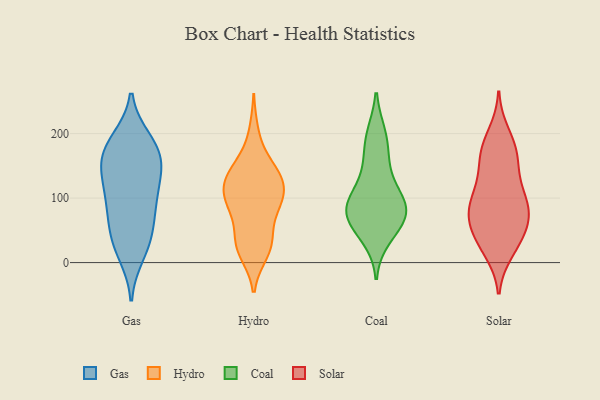
{"axis": {"x": "Page Views", "y": "Value"}, "legend": ["Coal", "Gas", "Hydro", "Solar"], "data": [{"x": "", "y": 36, "type": "Gas"}, {"x": "", "y": 157, "type": "Gas"}, {"x": "", "y": 31, "type": "Gas"}, {"x": "", "y": 183, "type": "Gas"}, {"x": "", "y": 129, "type": "Gas"}, {"x": "", "y": 135, "type": "Gas"}, {"x": "", "y": 92, "type": "Gas"}, {"x": "", "y": 177, "type": "Gas"}, {"x": "", "y": 14, "type": "Gas"}, {"x": "", "y": 168, "type": "Gas"}, {"x": "", "y": 90, "type": "Gas"}, {"x": "", "y": 87, "type": "Gas"}, {"x": "", "y": 55, "type": "Gas"}, {"x": "", "y": 140, "type": "Gas"}, {"x": "", "y": 189, "type": "Gas"}, {"x": "", "y": 94, "type": "Hydro"}, {"x": "", "y": 151, "type": "Hydro"}, {"x": "", "y": 141, "type": "Hydro"}, {"x": "", "y": 101, "type": "Hydro"}, {"x": "", "y": 82, "type": "Hydro"}, {"x": "", "y": 28, "type": "Hydro"}, {"x": "", "y": 118, "type": "Hydro"}, {"x": "", "y": 200, "type": "Hydro"}, {"x": "", "y": 138, "type": "Hydro"}, {"x": "", "y": 35, "type": "Hydro"}, {"x": "", "y": 112, "type": "Hydro"}, {"x": "", "y": 28, "type": "Hydro"}, {"x": "", "y": 90, "type": "Hydro"}, {"x": "", "y": 27, "type": "Hydro"}, {"x": "", "y": 135, "type": "Hydro"}, {"x": "", "y": 16, "type": "Hydro"}, {"x": "", "y": 128, "type": "Hydro"}, {"x": "", "y": 88, "type": "Hydro"}, {"x": "", "y": 69, "type": "Coal"}, {"x": "", "y": 193, "type": "Coal"}, {"x": "", "y": 80, "type": "Coal"}, {"x": "", "y": 98, "type": "Coal"}, {"x": "", "y": 95, "type": "Coal"}, {"x": "", "y": 39, "type": "Coal"}, {"x": "", "y": 71, "type": "Coal"}, {"x": "", "y": 79, "type": "Coal"}, {"x": "", "y": 138, "type": "Coal"}, {"x": "", "y": 198, "type": "Coal"}, {"x": "", "y": 54, "type": "Coal"}, {"x": "", "y": 157, "type": "Coal"}, {"x": "", "y": 97, "type": "Coal"}, {"x": "", "y": 17, "type": "Solar"}, {"x": "", "y": 68, "type": "Solar"}, {"x": "", "y": 139, "type": "Solar"}, {"x": "", "y": 65, "type": "Solar"}, {"x": "", "y": 49, "type": "Solar"}, {"x": "", "y": 127, "type": "Solar"}, {"x": "", "y": 164, "type": "Solar"}, {"x": "", "y": 175, "type": "Solar"}, {"x": "", "y": 89, "type": "Solar"}, {"x": "", "y": 163, "type": "Solar"}, {"x": "", "y": 33, "type": "Solar"}, {"x": "", "y": 200, "type": "Solar"}, {"x": "", "y": 22, "type": "Solar"}, {"x": "", "y": 104, "type": "Solar"}, {"x": "", "y": 91, "type": "Solar"}, {"x": "", "y": 99, "type": "Solar"}, {"x": "", "y": 43, "type": "Solar"}, {"x": "", "y": 182, "type": "Solar"}, {"x": "", "y": 74, "type": "Solar"}, {"x": "", "y": 80, "type": "Solar"}]}